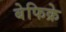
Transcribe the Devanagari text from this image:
बेफिक्रे